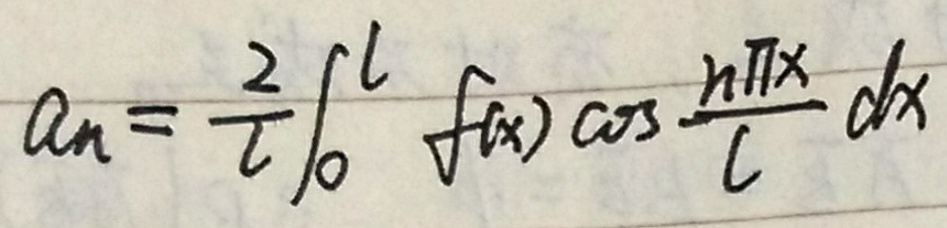
\[
a_{n}=\frac{2}{l}\int_{0}^{l}f(x)\cos\frac{n\pi x}{l}dx
\]